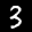
Label: 3